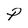
Character: P